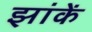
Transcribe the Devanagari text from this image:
झांकें